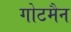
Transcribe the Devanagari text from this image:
गोटमैन